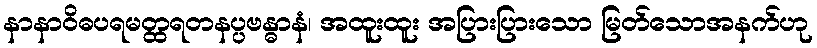
နာနာဝိဓပရမတ္ထရတနပ္ပဗန္ဓာနံ၊ အထူးထူး အပြားပြားသော မြတ်သောအနက်ဟု